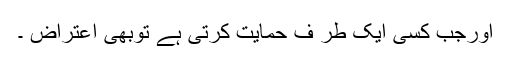
اورجب کسی ایک طر ف حمایت کرتی ہے توبھی اعتراض ۔